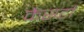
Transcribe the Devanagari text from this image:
कैसर्टा